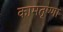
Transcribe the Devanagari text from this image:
कामतृष्णा